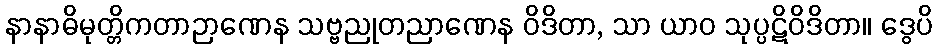
နာနာဓိမုတ္တိကတာဉာဏေန သဗ္ဗညုတညာဏေန ဝိဒိတာ, သာ ယာဝ သုပ္ပဋိဝိဒိတာ။ ဒွေပိ